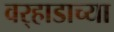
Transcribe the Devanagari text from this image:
वर्‍हाडाच्या